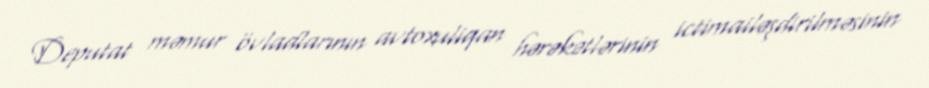
Deputat məmur övladlarının avtoxuliqan hərəkətlərinin ictimailəşdirilməsinin